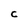
Character: C